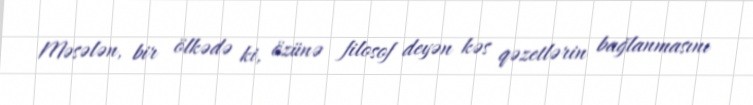
Məsələn, bir ölkədə ki, özünə filosof deyən kəs qəzetlərin bağlanmasını